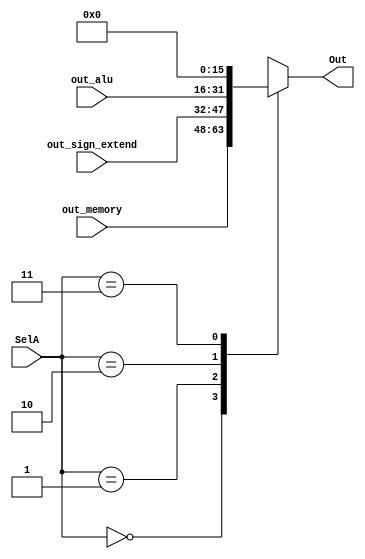
`timescale 1ns / 1ps
//////////////////////////////////////////////////////////////////////////////////
// Company: 
// Engineer: 
// 
// Design Name: 
// Module Name: mux_A
// Project Name: 
// Target Devices: 
// Tool Versions: 
// Description: 
// 
// Dependencies: 
// 
// Revision:
// Revision 0.01 - File Created
// Additional Comments:
// 
//////////////////////////////////////////////////////////////////////////////////


module mux_A#(
    parameter len = 16
    ) (
    input [len-1:0] out_memory,
    input [len-1:0] out_alu,
    input [len-1:0] out_sign_extend,
    input [1:0] SelA,

    output reg [len-1:0] Out
    );

    always @(*)
      case (SelA)
         2'b00: Out = out_memory;
         2'b01: Out = out_sign_extend;
         2'b10: Out = out_alu;
         2'b11: Out = 0;
      endcase
					
endmodule